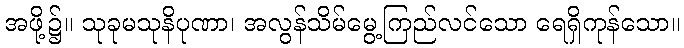
အဖို့၌။ သုခုမသုနိပုဏာ၊ အလွန်သိမ်မွေ့ကြည်လင်သော ရေရှိကုန်သော။